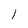
Character: 1